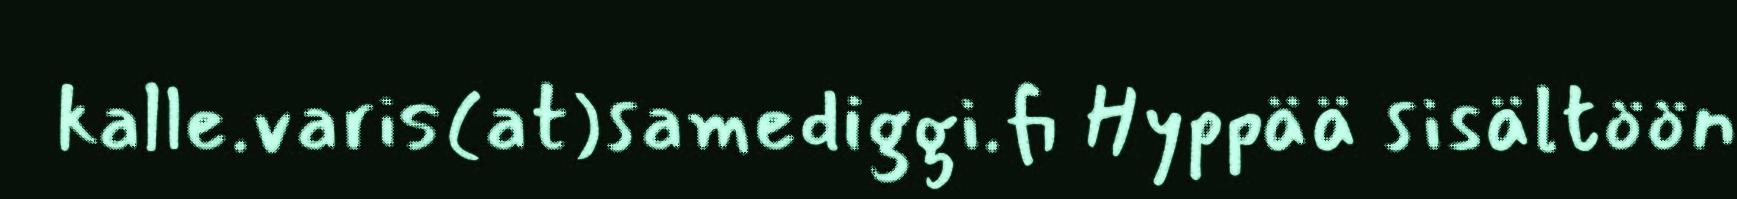
kalle.varis(at)samediggi.fi Hyppää sisältöön